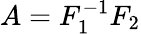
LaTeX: A=F_{1}^{-1}F_{2}